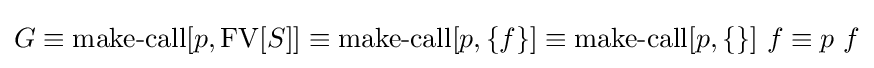
G\equiv \operatorname {make-call} [p,\operatorname {FV} [S]]\equiv \operatorname {make-call} [p,\{f\}]\equiv \operatorname {make-call} [p,\{\}]\ f\equiv p\ f